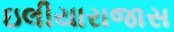
ઇલીયારાજાસ